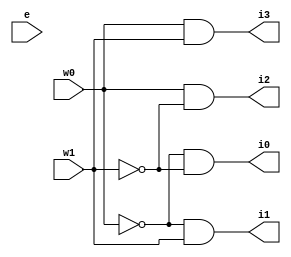
module lana ( w0, w1 , e , i0 , i1 , i2 , i3 );
input w0, w1 , e;
output i0 , i1 , i2 , i3 ;
assign i0 = !w0 && !w1;
assign i1 = !w0 && w1 ;
assign i2 = w0 && !w1;
assign i3 = w0 && w1;
endmodule